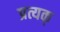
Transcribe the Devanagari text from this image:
प्रत्यक्